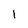
Character: I